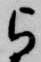
与